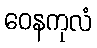
ဝေနကုလံ